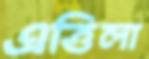
এত্তিলা